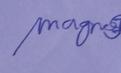
Signature authenticity: genuine